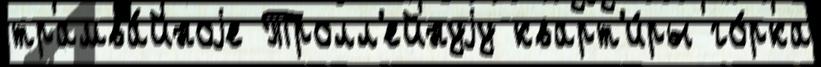
трамва́йноjе Тролл'ейнуjу кварт'и́ры го́рка